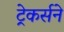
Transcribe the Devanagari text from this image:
ट्रेकर्सने